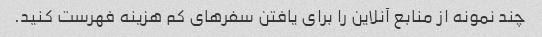
چند نمونه از منابع آنلاین را برای یافتن سفرهای کم هزینه فهرست کنید.